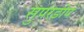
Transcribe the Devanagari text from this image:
सुपरडीप